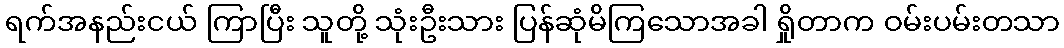
ရက်အနည်းငယ် ကြာပြီး သူတို့ သုံးဦးသား ပြန်ဆုံမိကြသောအခါ ရှိုတာက ဝမ်းပမ်းတသာ